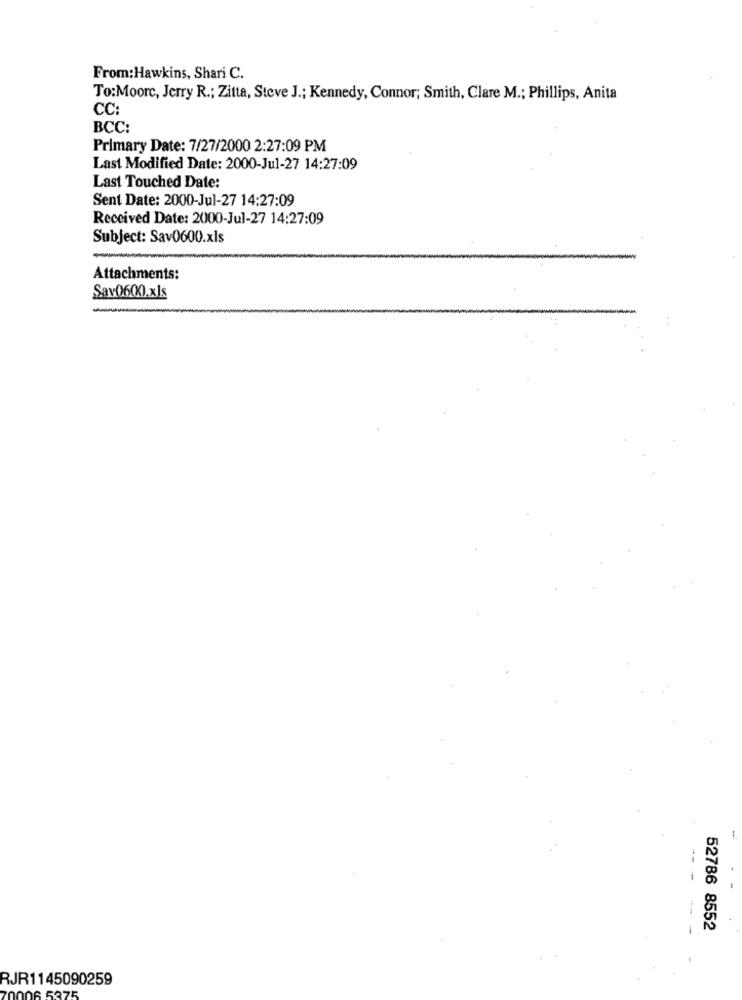
From:Hawkins, Shari C.
To:Moore, Jerry R .; Zitta, Steve J .; Kennedy, Connor; Smith, Clare M .; Phillips, Anita
CC
BCC:
Primary Date: 7/27/2000 2:27:09 PM
Last Modified Date: 2000-Jul-27 14:27:09
Last Touched Date:
Sent Date: 2000-Jul-27 14:27:09
Received Date: 2000-Jul-27 14:27:09
Subject: Sav0600.xls
Attachments:
Sav0600.xls
---
---
52786 8552
RJR1145090259
5375